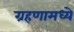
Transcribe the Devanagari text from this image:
ग्रहणामध्ये